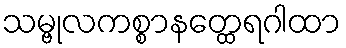
သမ္ဗုလကစ္စာနတ္ထေရဂါထာ